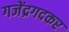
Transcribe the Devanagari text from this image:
गजेंद्रगदकर